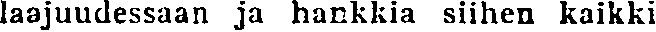
laajuudessaan ja hankkia siihen kaikki